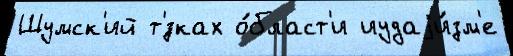
Шумск'ий т'́зках о́бласт'и иудаjи́зм'е